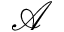
\mathcal { A }